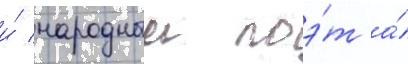
и́ народныи поэ́т а́